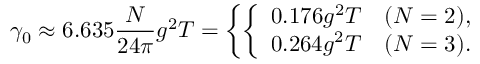
\gamma _ { 0 } \approx 6 . 6 3 5 { \frac { N } { 2 4 \pi } } g ^ { 2 } T = \left\{ \left\{ \begin{array} { l l } { { 0 . 1 7 6 g ^ { 2 } T } } & { { ( N = 2 ) , } } \\ { { 0 . 2 6 4 g ^ { 2 } T } } & { { ( N = 3 ) . } } \end{array} \right. \right.